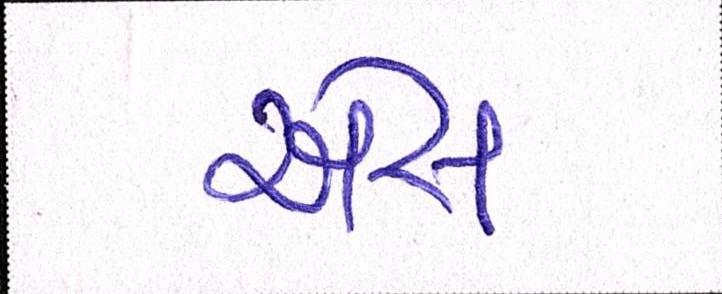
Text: એસ